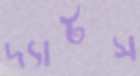
দ্যাটস